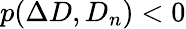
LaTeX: p(\Delta D,D_{n})<0